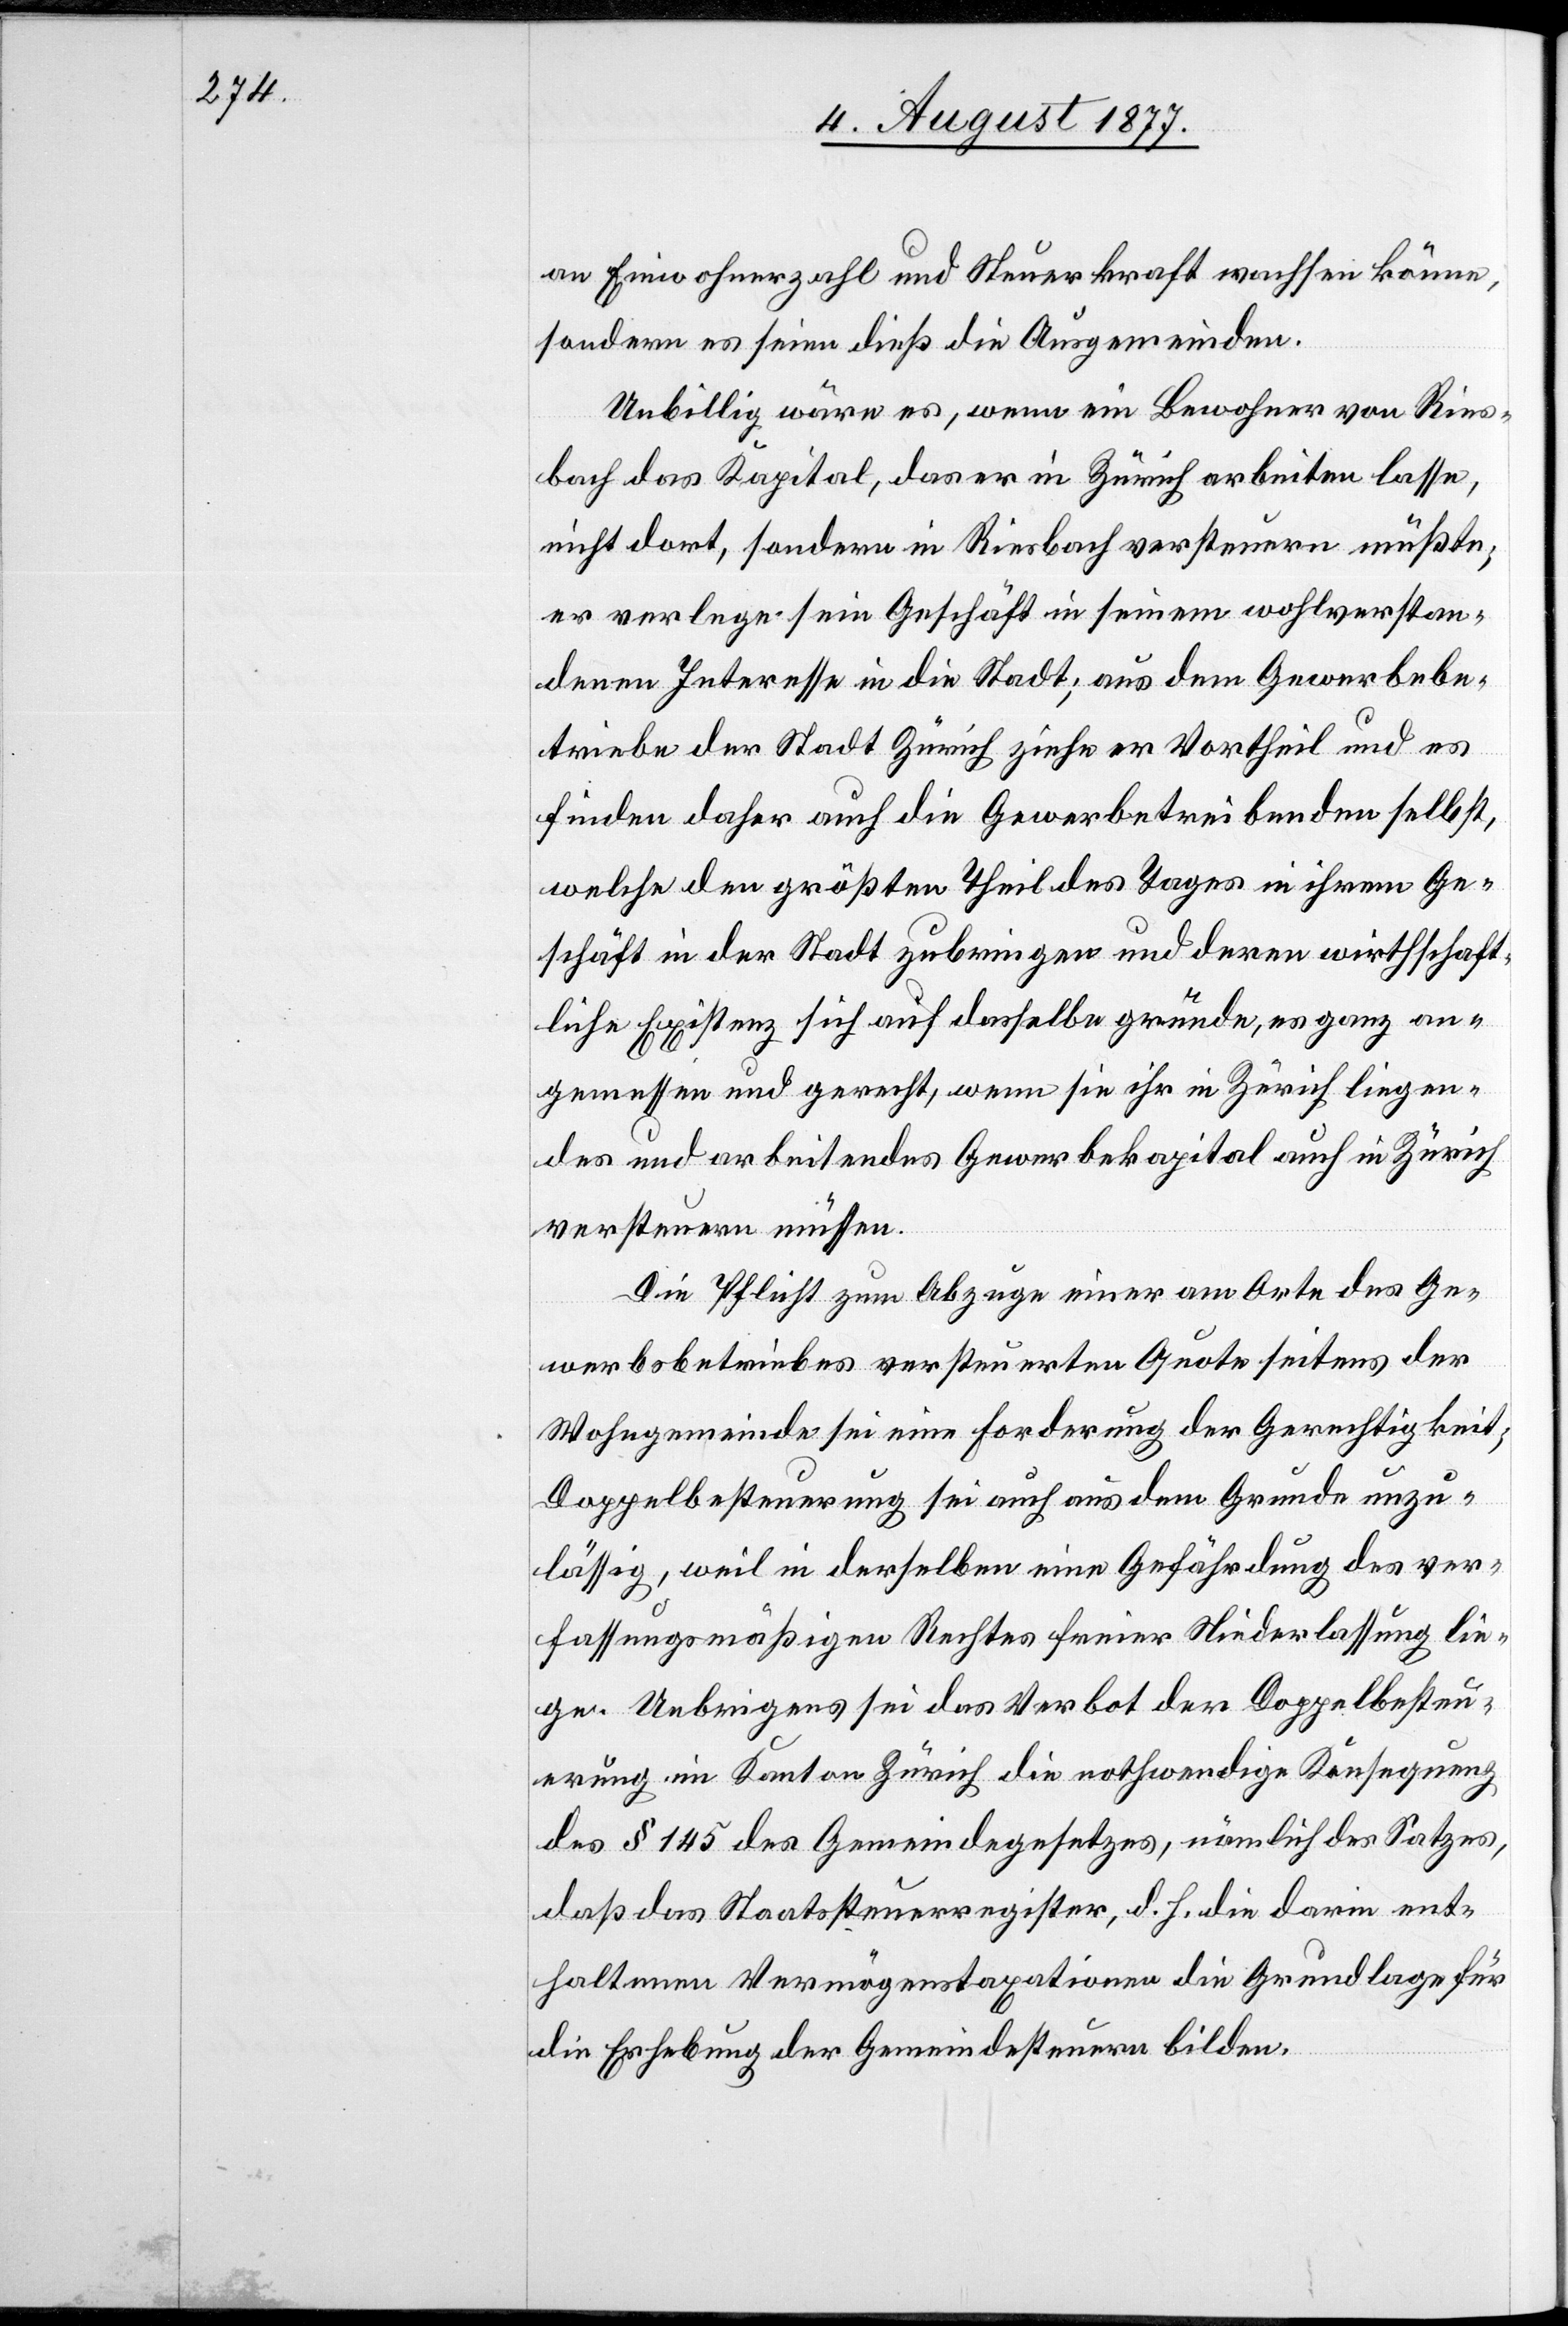
an Einwohnerzahl und Steuerkraft wachsen könne,
sondern es seien dieß die Ausgemeinden.
Unbillig wäre es, wenn ein Bewohner von Ries¬
bach das Kapital, das er in Zürich arbeiten lasse,
nicht dort, sondern in Riesbach versteuern müßte;
er verlege sein Geschäft in seinem wohlverstan¬
denen Interesse in die Stadt; aus dem Gewerbebe¬
triebe der Stadt Zürich ziehe er Vortheil und es
finden daher auch die Gewerbetreibenden selbst,
welche den größten Theil des Tages in ihrem Ge¬
schäft in der Stadt zubringen und deren wirthschaft¬
liche Existenz sich auf dasselbe gründe, es ganz an¬
gemessen und gerecht, wenn sie ihr in Zürich liegen¬
des und arbeitendes Gewerbekapital auch in Zürich
versteuern müssen.
Die Pflicht zum Abzuge einer am Orte des Ge¬
werbsbetriebes versteuerten Quote seitens der
Wohngemeinde sei eine Forderung der Gerechtigkeit;
Doppelbesteuerung sei auch aus dem Grunde unzu¬
lässig, weil in derselben eine Gefährdung des ver¬
fassungsmäßigen Rechtes freier Niederlassung lie¬
ge. Uebrigens sei das Verbot der Doppelbesteu¬
erung im Kanton Zürich die nothwendige Konsequenz
des § 145 des Gemeindegesetzes, nämlich des Satzes,
daß das Staatssteuerregister, d. h. die darin ent¬
haltenen Vermögenstaxationen die Grundlage für
die Erhebung der Gemeindesteuern bilden.